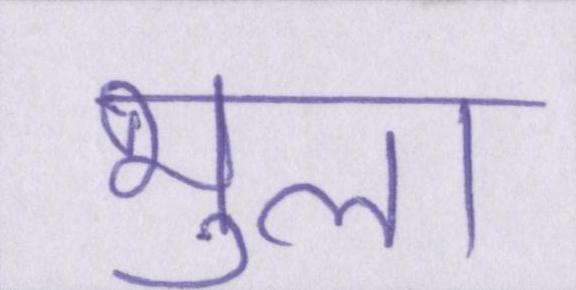
भुला